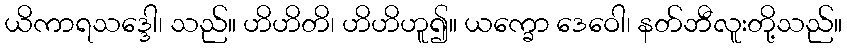
ယိကာရသဒ္ဒေါ၊ သည်။ ဟိဟိတိ၊ ဟိဟိဟူ၍။ ယက္ခော ဒေဝေါ၊ နတ်ဘီလူးတို့သည်။